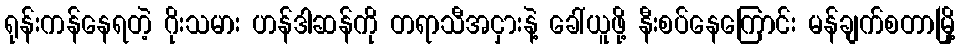
ရုန်းကန်နေရတဲ့ ဂိုးသမား ဟန်ဒါဆန်ကို တရာသီအငှားနဲ့ ခေါ်ယူဖို့ နီးစပ်နေကြောင်း မန်ချက်စတာမြို့